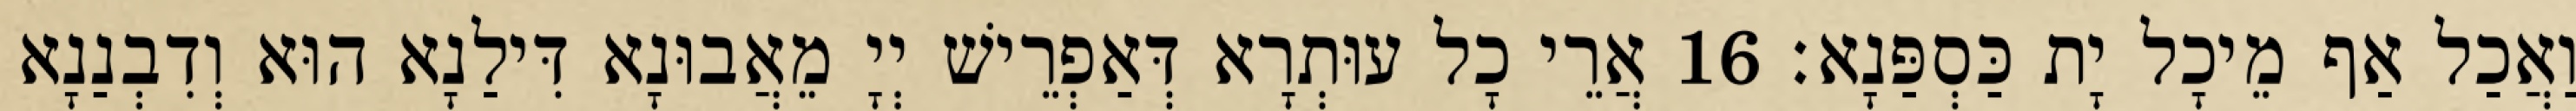
וַאֲכַל אַף מֵיכָל יָת כַּסְפַּנָא׃ 16 אֲרֵי כָל עוּתְרָא דְּאַפְרֵישׁ יְיָ מֵאֲבוּנָא דִּילַנָא הוּא וְדִבְנַנָא